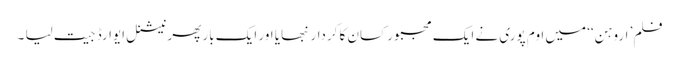
فلم’ اروہن‘‘ میں اوم پوری نے ایک مجبور کسان کا کردار نبھایا اور ایک بار پھر نیشنل ایوارڈ جیت لیا ۔